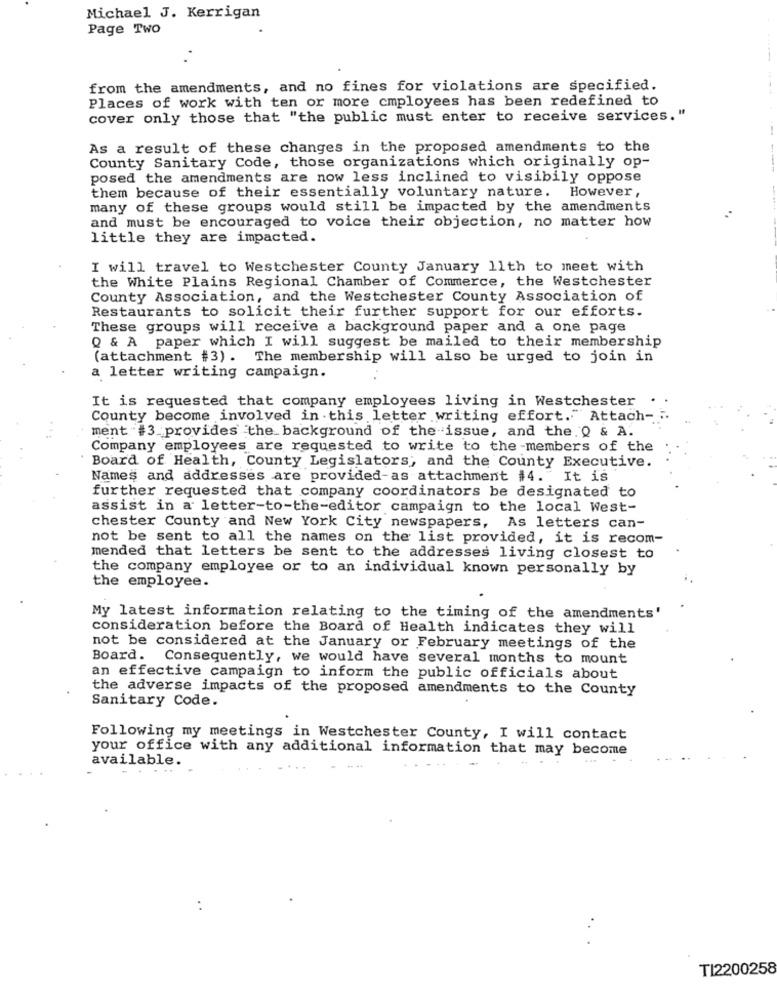
Michael J. Kerrigan
Page Two
from the amendments, and no fines for violations are specified.
Places of work with ten or more cmployees has been redefined to
cover only those that "the public must enter to receive services."
As a result of these changes in the proposed amendments to the
County Sanitary Code, those organizations which originally op-
posed the amendments are now less inclined to visibily oppose
them because of their essentially voluntary nature. However,
many of these groups would still be impacted by the amendments
and must be encouraged to voice their objection, no matter how
little they are impacted.
I will travel to Westchester County January 11th to meet with
the White Plains Regional Chamber of Commerce, the Westchester
County Association, and the Westchester County Association of
Restaurants to solicit their further support for our efforts.
These groups will receive a background paper and a one page
Q & A paper which I will suggest be mailed to their membership
(attachment #3). The membership will also be urged to join in
a letter writing campaign.
It is requested that company employees living in Westchester
County become involved in this letter writing effort."Attach -:
ment #3_provides the background of the issue, and the 0 & A.
Company employees are requested to write to the -members of the
Board of Health, County Legislators, and the County Executive.
Names and addresses are provided-as attachment #4. It is
further requested that company coordinators be designated to
assist in a letter-to-the-editor campaign to the local West-
chester County and New York City newspapers, As letters can-
not be sent to all the names on the list provided, it is recom-
mended that letters be sent to the addresses living closest to
the company employee or to an individual known personally by
the employee.
My latest information relating to the timing of the amendments'
consideration before the Board of Health indicates they will
not be considered at the January or February meetings of the
Board.
Consequently, we would have several months to mount
an effective campaign to inform the public officials about
the adverse impacts of the proposed amendments to the County
Sanitary Code.
Following my meetings in Westchester County, I will contact
your office with any additional information that may become
available.
..
..
TI2200258